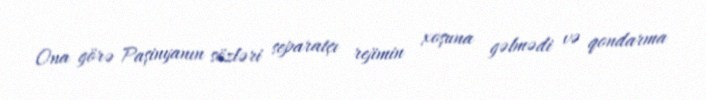
Ona görə Paşinyanın sözləri separatçı rejimin xoşuna gəlmədi və qondarma